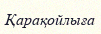
Қарақойлыға